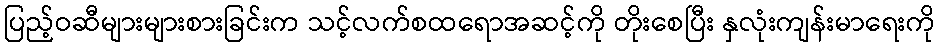
ပြည့်ဝဆီများများစားခြင်းက သင့်လက်စထရောအဆင့်ကို တိုးစေပြီး နှလုံးကျန်းမာရေးကို